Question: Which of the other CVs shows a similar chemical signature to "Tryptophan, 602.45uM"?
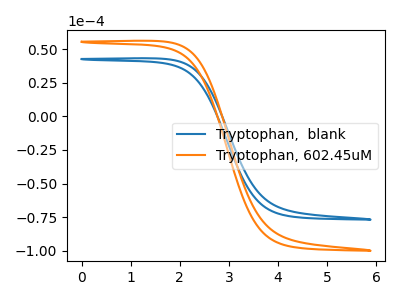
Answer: <think>The blue curve "Tryptophan,  blank" has no peaks. The orange curve "Tryptophan, 602.45uM" has no peaks.
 Neither "Tryptophan,  blank" or "Tryptophan, 602.45uM" have any peaks.</think>
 <answer>The CV with the most similar shape to "Tryptophan,  blank" is "Tryptophan, 602.45uM".</answer>
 <eval>"Tryptophan, 602.45uM"</eval>